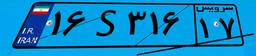
۲۷S۷۰۸۰۴